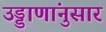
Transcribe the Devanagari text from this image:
उड्डाणांनुसार